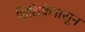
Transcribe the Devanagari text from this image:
शिक्षिकेपासून